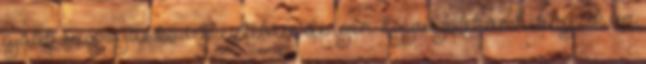
újabb szipogás következtében, de igen. Egyre jobban hiányzik az